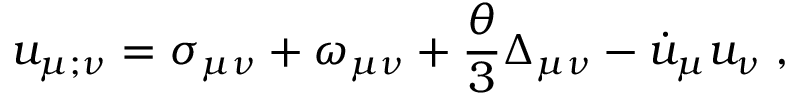
u _ { \mu ; \nu } = \sigma _ { \mu \nu } + \omega _ { \mu \nu } + \frac { \theta } { 3 } \Delta _ { \mu \nu } - \dot { u } _ { \mu } u _ { \nu } \; ,